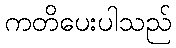
ကတိပေးပါသည်